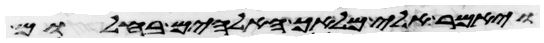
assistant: ויאמר אלי מלאך האלהים בחלום